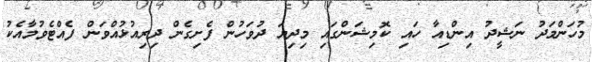
މުހަންމަދު ނަޝީދު އިންޑިއާ ހައި ކޮމިޝަންގައި މިދިޔަ ދުވަހުން ފެށިގެން ދިރިއުޅުއްވަން ފެއްޓެވުމާއެކު